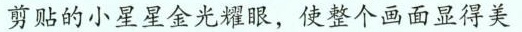
剪贴的小星星金光耀眼，使整个画面显得美